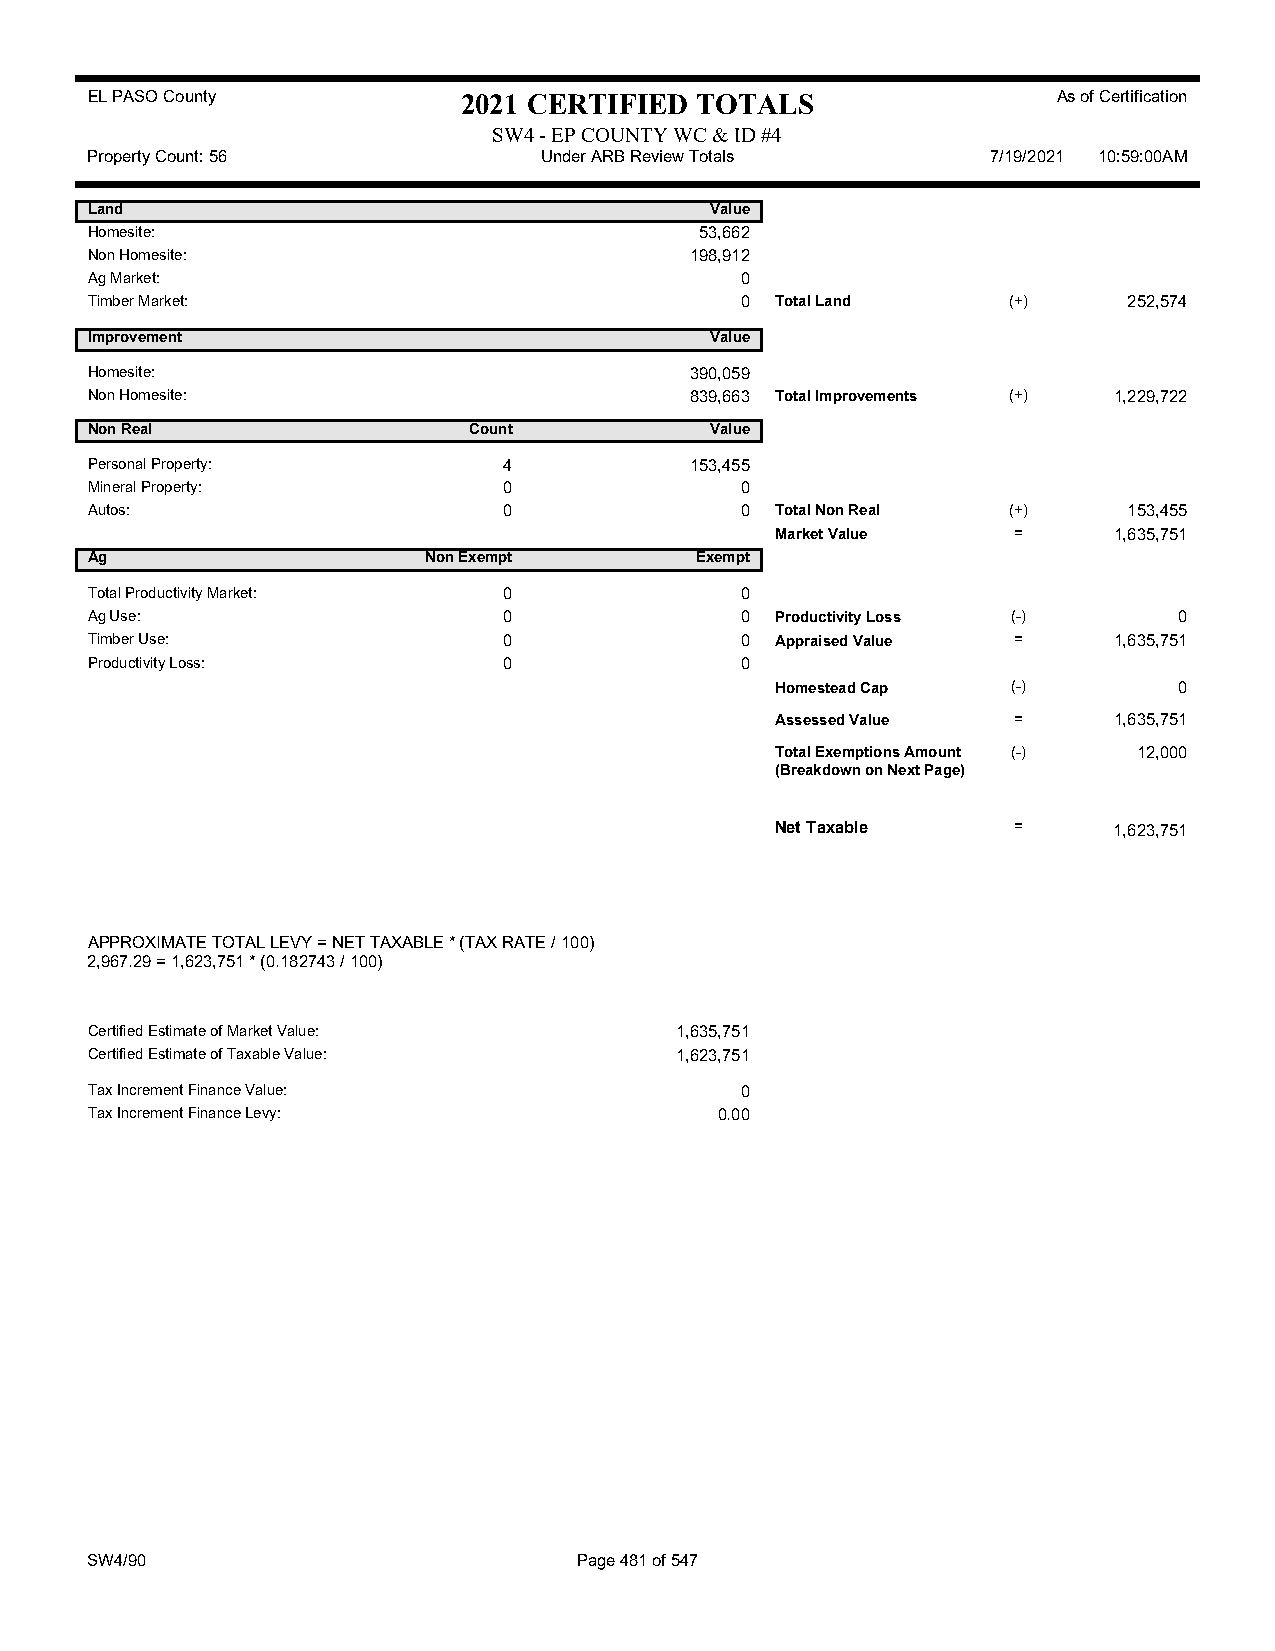
EL PASO County           2021 CERTIFIED TOTALS                  As of Certification
 SW4 - EP COUNTY WC & ID #4
 Property Count: 56            Under ARB Review Totals       7/19/2021 10:59:00AM
 Land                                     Value
 Homesite:                               53,662
 Non Homesite:                           198,912
 Ag Market:                                 0
 Timber Market:                             0 Total Land      (+)     252,574
 Improvement                              Value
 Homesite:                               390,059
 Non Homesite:                           839,663 Total Improvements (+) 1,229,722
 Non Real                 Count           Value
 Personal Property:         4            153,455
 Mineral Property:          0               0
 Autos:                     0               0 Total Non Real  (+)     153,455
 Market Value    =      1,635,751
 Ag                    Non Exempt        Exempt
 Total Productivity Market: 0               0
 Ag Use:                    0               0 Productivity Loss (-)      0
 Timber Use:                0               0 Appraised Value =      1,635,751
 Productivity Loss:         0               0
 Homestead Cap   (-)        0
 Assessed Value  =      1,635,751
 Total Exemptions Amount (-) 12,000
 (Breakdown on Next Page)
 Net Taxable     =      1,623,751
 APPROXIMATE TOTAL LEVY = NET TAXABLE * (TAX RATE / 100)
 2,967.29 = 1,623,751 * (0.182743 / 100)
 Certified Estimate of Market Value:    1,635,751
 Certified Estimate of Taxable Value:   1,623,751
 Tax Increment Finance Value:               0
 Tax Increment Finance Levy:               0.00
 SW4/90                          Page 481 of 547